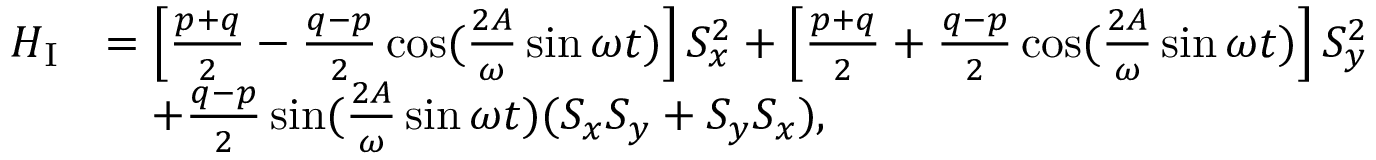
\begin{array} { r l } { H _ { \mathrm { I } } } & { = \left[ \frac { p + q } { 2 } - \frac { q - p } { 2 } \cos ( \frac { 2 A } { \omega } \sin \omega t ) \right] S _ { x } ^ { 2 } + \left[ \frac { p + q } { 2 } + \frac { q - p } { 2 } \cos ( \frac { 2 A } { \omega } \sin \omega t ) \right] S _ { y } ^ { 2 } } \\ & { \quad + \frac { q - p } { 2 } \sin ( \frac { 2 A } { \omega } \sin \omega t ) ( S _ { x } S _ { y } + S _ { y } S _ { x } ) , } \end{array}